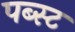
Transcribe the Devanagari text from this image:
पब्स्ट